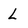
Character: L